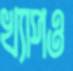
খ্যাপও